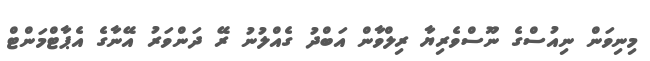
މިނިވަން ނިއުސްގެ ނޫސްވެރިޔާ ރިިލްވާން އަބްދު ގެއްލުނު ރޭ ދަންވަރު އޭނާގެ އެޕާޓްމަންޓް